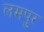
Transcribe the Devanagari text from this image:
लमपुर